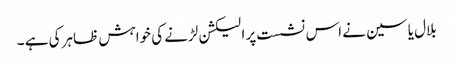
بلال یاسین نے اس نشست پر الیکشن لڑنے کی خواہش ظاہر کی ہے ۔